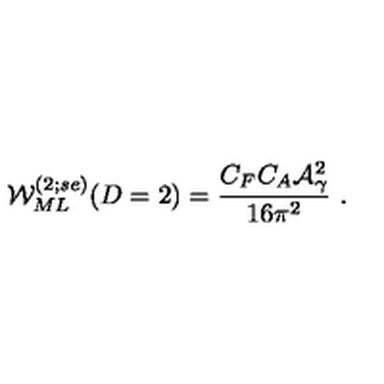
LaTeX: { \cal W } _ { M L } ^ { ( 2 ; s e ) } ( D = 2 ) = \frac { C _ { F } C _ { A } { \cal A } _ { \gamma } ^ { 2 } } { 1 6 { \pi } ^ { 2 } } \ .